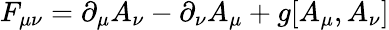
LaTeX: F_{\mu\nu}=\partial_{\mu}A_{\nu}-\partial_{\nu}A_{\mu}+g[A_{\mu},A_{\nu}]